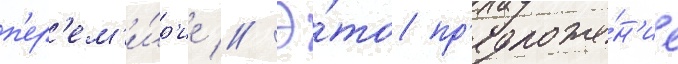
п'ер'ем'и́р'ие // Э́то пр'едложе́н'ие